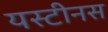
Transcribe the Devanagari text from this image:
यस्टीनस